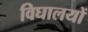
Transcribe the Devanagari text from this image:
विघालयों